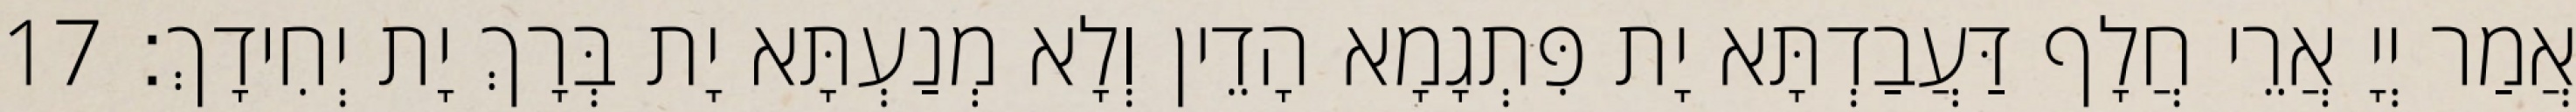
אֲמַר יְיָ אֲרֵי חֲלָף דַּעֲבַדְתָּא יָת פִּתְגָמָא הָדֵין וְלָא מְנַעְתָּא יָת בְּרָךְ יָת יְחִידָךְ׃ 17